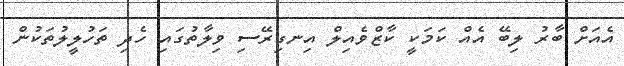
އެއަށް ބާރު ލިބޭ އެއް ކަމަކީ ކާޒްވެއިލް އިނގިރޭސި ވިލާތުގައި ހެދި ތަހުލީލުތަކުން